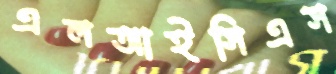
এলআইসিএস